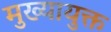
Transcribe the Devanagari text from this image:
मुख्यायुक्त